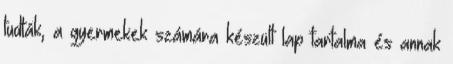
tudták, a gyermekek számára készült lap tartalma és annak